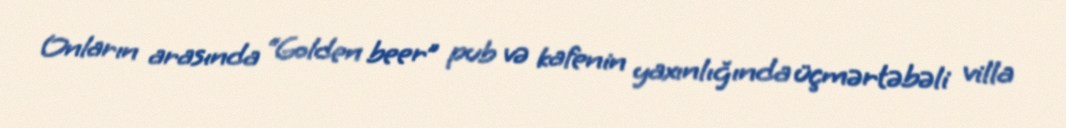
Onların arasında “Golden beer” pub və kafenin yaxınlığında üçmərtəbəli villa